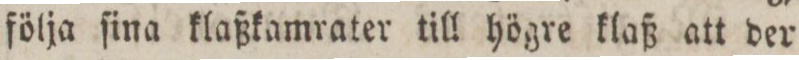
följa ſina klaßkamrater till högre klaß att der